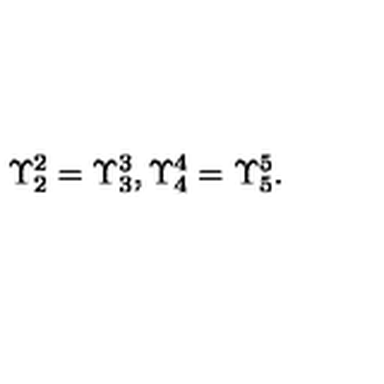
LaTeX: \Upsilon _ { 2 } ^ { 2 } = \Upsilon _ { 3 } ^ { 3 } , \Upsilon _ { 4 } ^ { 4 } = \Upsilon _ { 5 } ^ { 5 } .